Rangoon Lunatic Asylum 1878-1892 - 1878-1892
Year: 1878
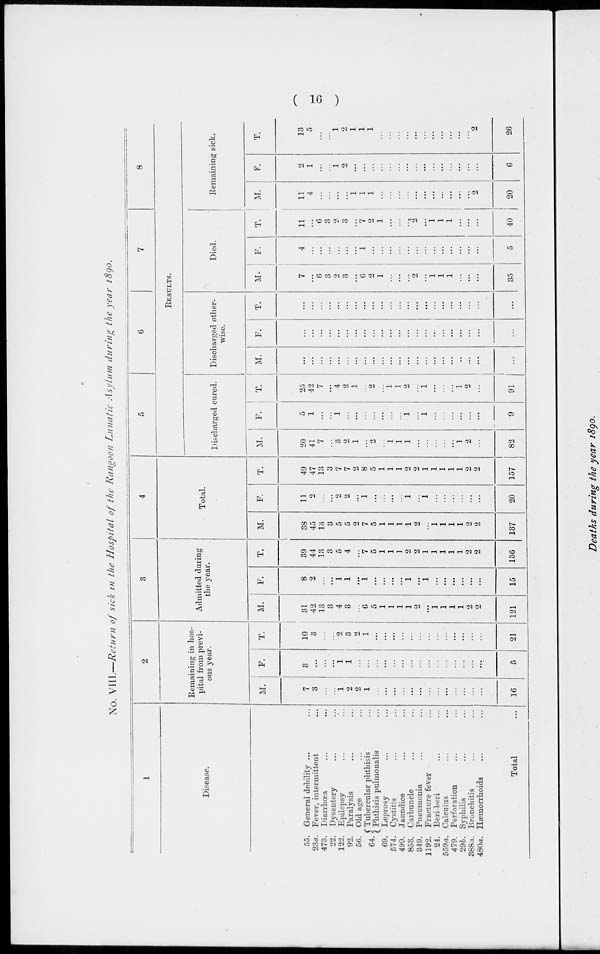
( 16 )
No. VIII.—Return of sick in the Hospital of the Rangoon Lunatic Asylum during the year 1890.
1
Disease.
55.
23a.
473.
22.
122.
92.
56.
64.
69.
574.
499.
853.
349.
1192.
24.
559a.
479.
29b.
388a.
480a.
General debility ... ...
Fever, intermittent ...
Diarrhœa ... ...
Dysentery ... ...
Epilepsy ... ...
Paralysis ... ...
Old age ... ...
Tubercular phthisis ...
Phthisis pulmonalis ...
Leprosy ... ...
Cystitis ... ...
Jaundice ... ...
Carbuncle ... ...
Pneumonia ... ...
Fracture fever ...
Beri-beri ... ...
Calculus ... ...
Perforation ... ...
Syphilis ... ...
Bronchitis ... ...
Hæmorrhoids ... ...
Total ...
2
Remaining in hos-
pital from previ-
ous year.
M.
7
3
...
...
1
2
2
1
...
...
...
...
...
...
...
...
...
...
...
...
...
16
F.
3
...
...
...
1
1
...
...
...
...
...
...
...
...
...
...
...
...
...
...
...
5
T.
10
3
...
...
2
3
2
1
...
...
...
...
...
...
...
...
...
...
...
...
...
21
3
Admitted during
the year.
M.
31
42
13
3
4
3
...
6
5
1
1
1
1
2
...
1
1
1
1
2
2
121
F.
8
2
...
...
1
1
...
1
...
...
...
...
1
...
1
...
...
...
...
...
...
15
T.
39
44
13
3
5
4
...
7
5
1
1
1
2
2
1
1
1
1
1
2
2
136
4
Total.
M.
38
45
13
3
5
5
2
7
5
1
1
1
1
2
...
1
1
1
1
2
2
137
F.
11
2
...
...
2
2
...
1
...
...
...
...
1
...
1
...
...
...
...
...
...
20
T.
49
47
13
3
7
7
2
8
5
1
1
1
2
2
1
1
1
1
1
2
2
157
5
6
7
8
RESULTS.
Discharged cured.
M.
20
41
7
...
3
2
1
...
2
...
1
1
1
...
...
...
...
...
1
2
...
82
F.
5
1
...
...
1
...
...
...
...
...
...
...
1
...
1
...
...
...
...
...
...
9
T.
25
42
7
...
4
2
1
...
2
...
1
1
2
...
1
...
...
...
1
2
...
91
Discharged other-
wise.
M.
...
...
...
...
...
...
...
...
...
...
...
...
...
...
...
...
...
...
...
...
...
...
F.
...
...
...
...
...
...
...
...
...
...
...
...
...
...
...
...
...
...
...
...
...
...
T.
...
...
...
...
...
...
...
...
...
...
...
...
...
...
...
...
...
...
...
...
...
...
Died.
M.
7
...
6
3
2
3
...
6
2
1
...
...
...
2
...
1
1
1
...
...
...
35
F.
4
...
...
...
...
...
...
1
...
...
...
...
...
...
...
...
...
...
...
...
...
5
T.
11
...
6
3
2
3
7
2
1
...
...
...
2
...
1
1
1
...
...
...
40
Remaining sick.
M.
11
4
...
...
...
...
1
1
1
...
...
...
...
...
...
...
...
...
...
...
2
20
F.
2
1
...
...
1
2
...
...
...
...
...
...
...
...
...
...
...
...
...
...
...
6
T.
13
5
...
...
1
2
1
1
1
...
...
...
...
...
...
...
...
...
...
...
2
26